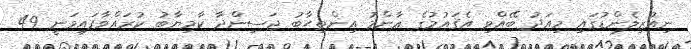
ނިއުޒިލެންޑުގައި މިއަދު ބޭއްވި އެޤައުމުގެ ޢާންމު އިންތިޙާބު ޖަސިންދާ ކާމިޔާބު ކުރައްވާފައިވަނީ 49